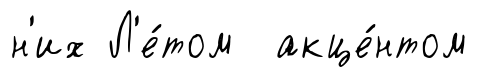
н'их Л'е́том акце́нтом